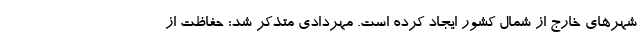
شهرهای خارج از شمال کشور ایجاد کرده است. مهردادی متذکر شد: حفاظت از